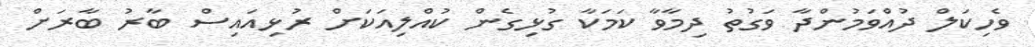
ވެހިކަލް ދުއްވަމުންދާ ވަގުތު ދިމާވާ ކަމަކާ ގުޅިގެން ކުއްލިއަކަށް ރުޅިއައިސް ބާރު ބާރަށް